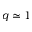
q \simeq 1